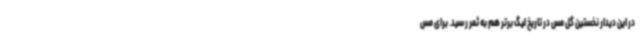
در این دیدار نخستین گل مس در تاریخ لیگ برتر هم به ثمر رسید. برای مس